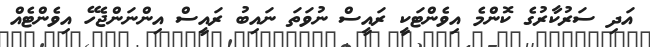
އަދި ސަރުކާރުގެ ކޮންމެ އިވެންޓަކީ ރައީސް ނުވަތަ ނައިބު ރައީސް އިންނަންޖެހޭ އިވެންޓެއް